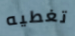
تغطيه